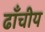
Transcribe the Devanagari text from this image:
ढाँचीय